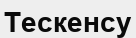
Тескенсу